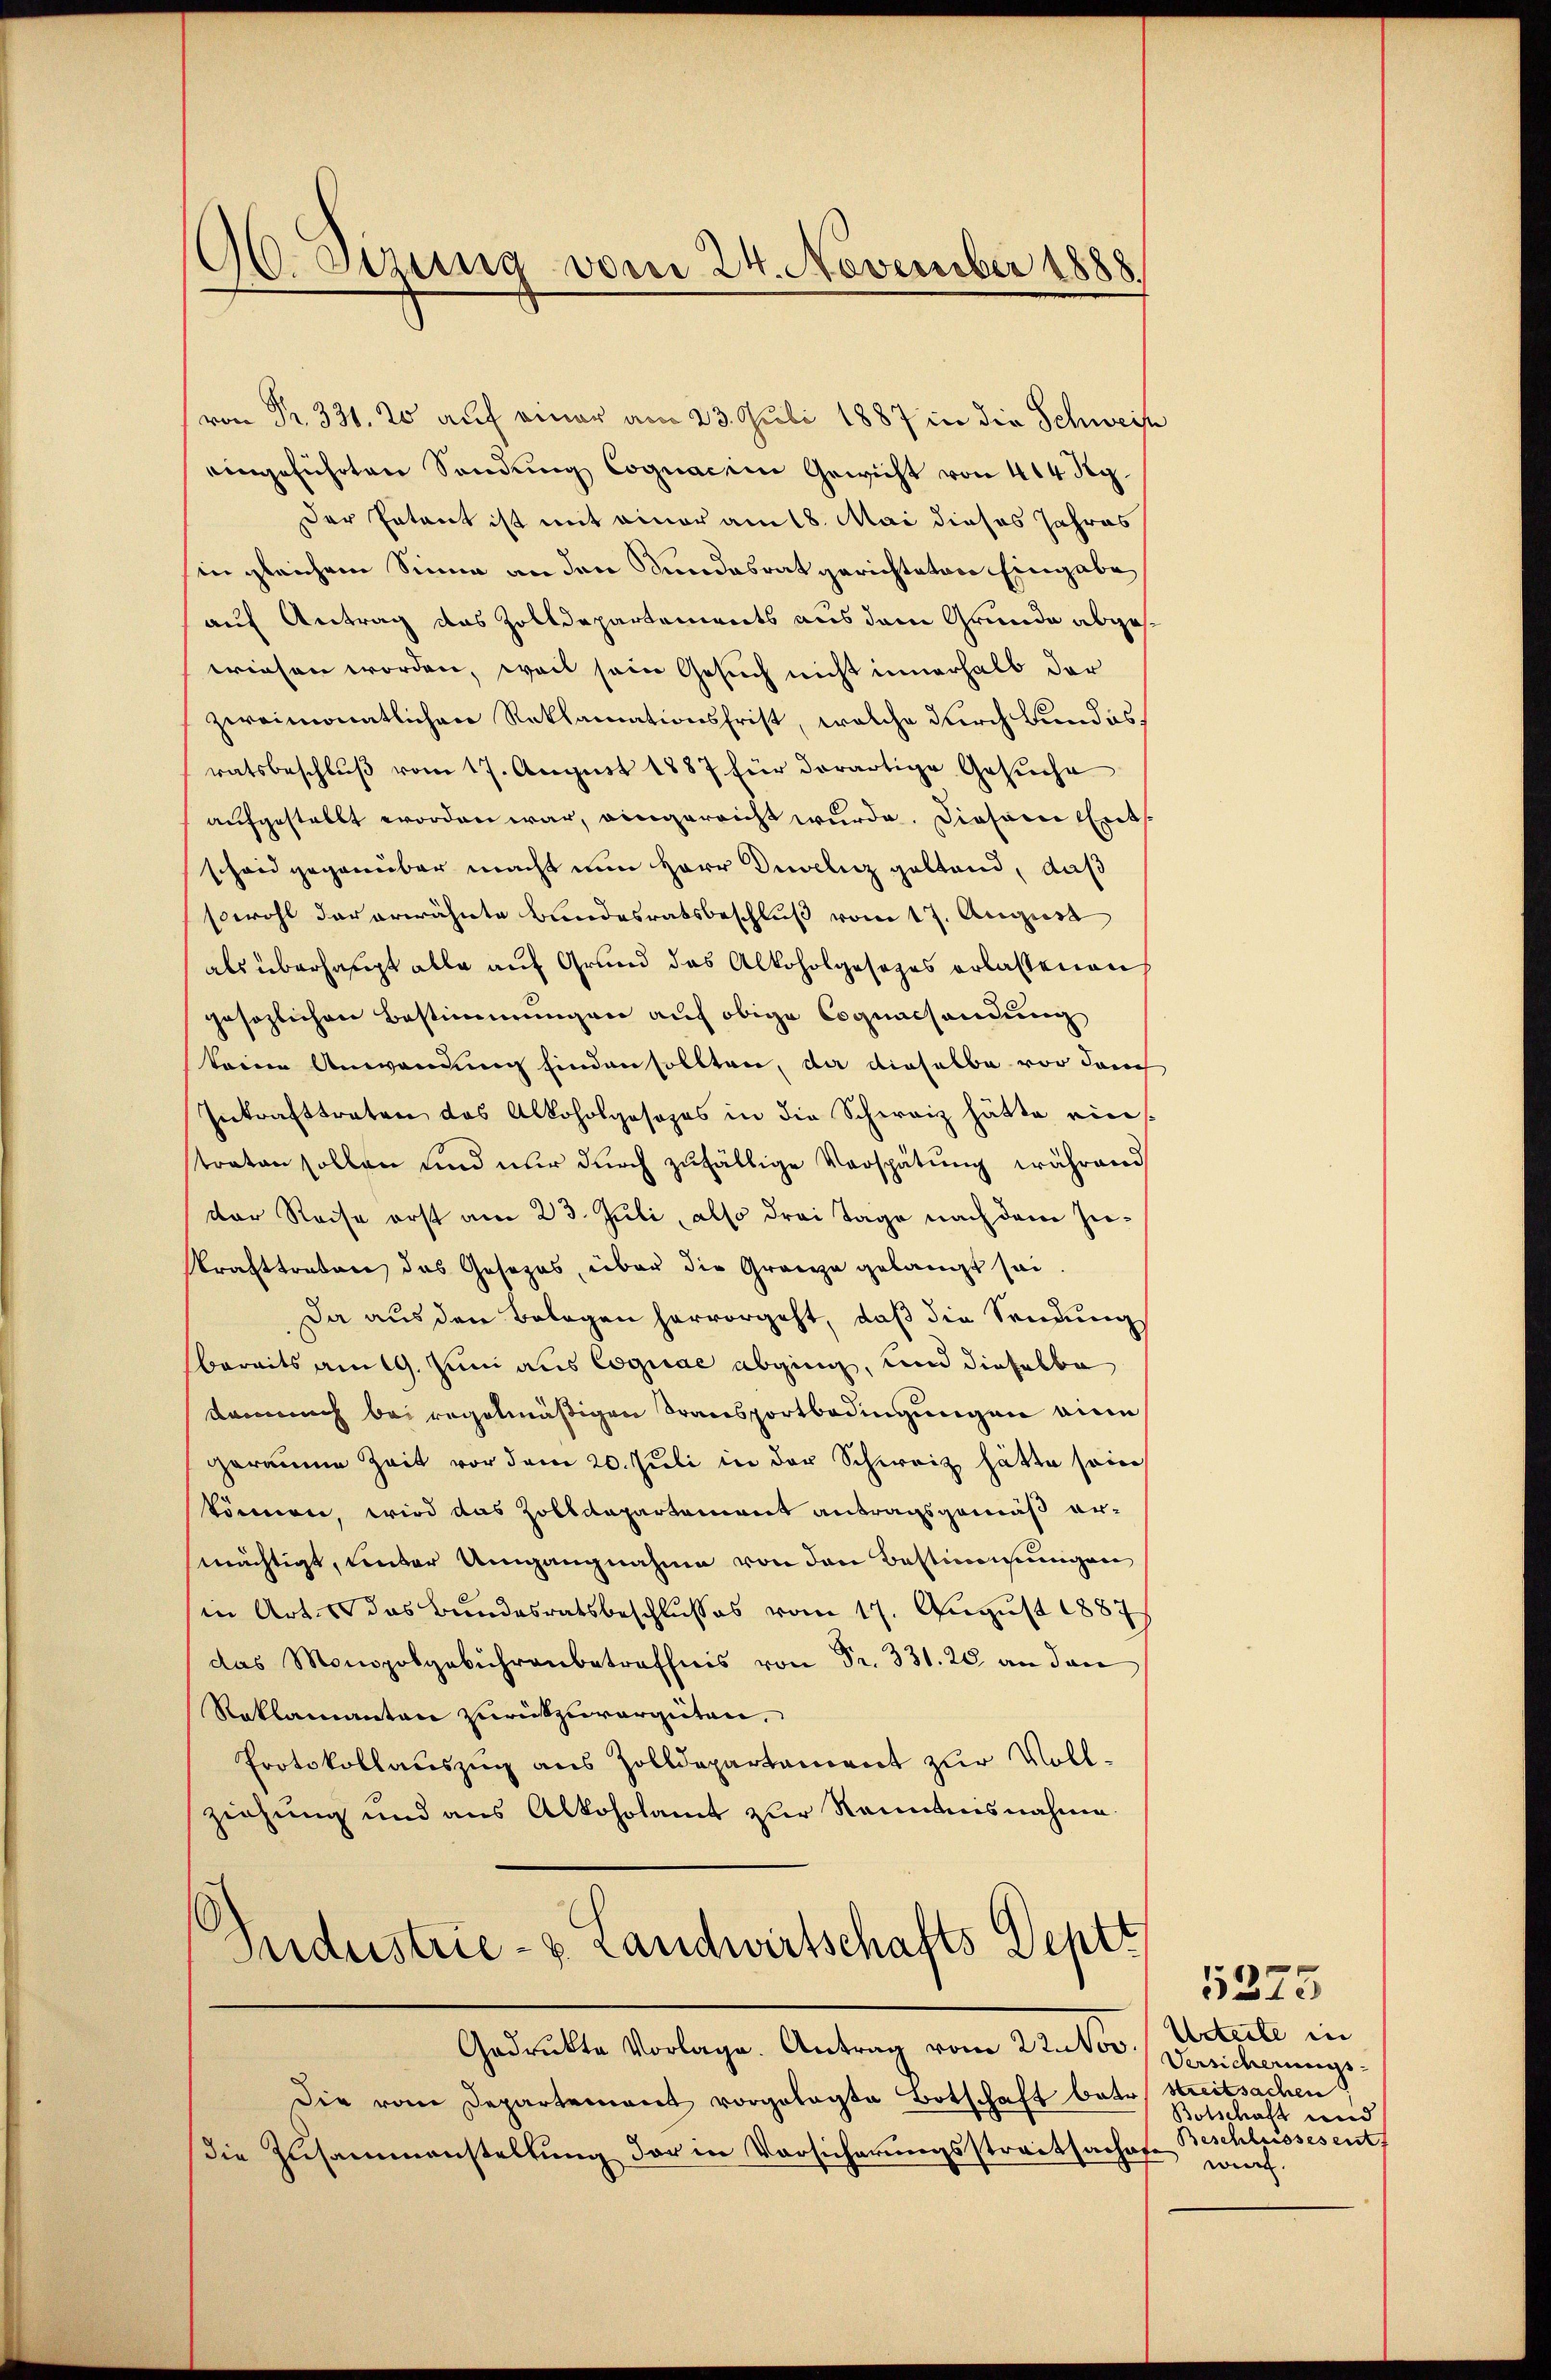
96. Sisung vom 24. November 1888

von Fr. 331. 20 auf einer am 23. Juli 1887 in die Schweise
eingeführten Sendung Cognacien Gewicht von 414 Rg.
Der Entant ist mit einer am 18. Mai dieses Jahres
in gleichem Sinne an den Sundesrat gerichteter Eingabe
auf Antrag des Zolldepartements aus dem Grunde abgeswiesen worden, weil sein Gesuch nicht innerhalb der
zweimonatlichen Reklamationsfrist, welche durch Bundesratsbeschluß vom 17. August 1887 für derartige Gesuche
aufgestellt worden war, eingereicht wurde. Diesem Entscheid gegenüber macht nun Herr Duceliz geltend, daß
sowohl der erwähnte Bundesratsbeschluß vom 17. August
als überhaupt alle auf Grund das Alkoholgesezes erlassenen
gesezlichen Bestimmungen auf obige Coquacsendung
keine Anwendung finden sollten, da dieselbe vor dan
Inkrafttreten das Alkoholgosozos in die Schweiz hätte eins
traten sollen und nur durch zufällige Verspätung während
der Reise erst am 23. Juli, also drei Tage nach dem Inkrafttreten das Gesezes, über die Gränze gelangt sei.
Da aus den Belegen hervorgeht, daß die Sendung
bereits am 19. Juni aus Coquae abging, und dieselbe
danach bei regelmäßigen Transportbedingungen eine
geraume Zeit vor dem 20. Juli in der Schweiz hätte sein
können, wird das Zolldepartement antragsgemäß ermächtigt, unter Umgangnahme von den Bestimmungen
in Art. das Bundesratsbeschlusses vom 17. August 1887
das Monopolgebührenbetreffnis von Fr. 331. 20. an den
Reklamanten zurückzuvergüten,
Protokollauszug aus Zolldepartament zur Voll-
ziehung und aus Alkoholamt zur Kenntnisnahme.
Sndustrie- & Landwirtschafts Deptt
Gadrukte Vorlage. Antrag vom 22. Nov. Versicherungs¬
Die vom Departement vorgelegte Botschaft betr. Streitsachen
die Zusammenstellung der in Vorsicherungsstratsachofe

5275
Urteile in
Botschaft und
Beschlussesent
wurf.